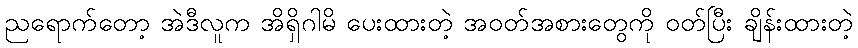
ညရောက်တော့ အဲဒီလူက အိရှိဂါမိ ပေးထားတဲ့ အဝတ်အစားတွေကို ဝတ်ပြီး ချိန်းထားတဲ့